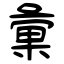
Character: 彙